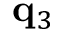
\mathbf { q } _ { 3 }